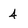
Character: 4